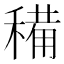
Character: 𥡘